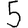
Digit: 5